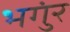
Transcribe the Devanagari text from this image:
भगुंर